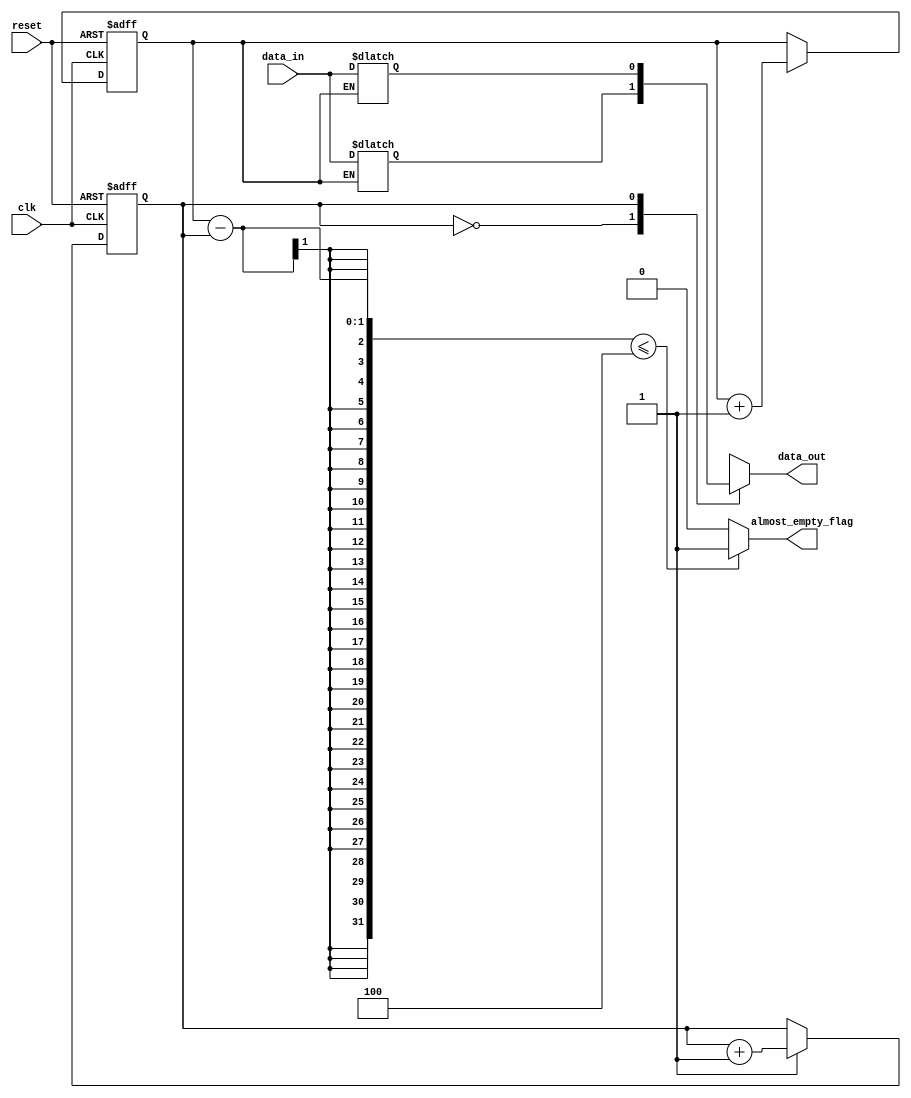
module almost_empty_fifo (
  input wire clk,
  input wire reset,
  input wire data_in,
  output wire data_out,
  output reg almost_empty_flag
  );

  // Parameters
  parameter THRESHOLD = 4; // Define threshold value for almost-empty condition

  // Internal signals
  reg [7:0] fifo_buffer [0:7]; // FIFO buffer with 8 storage locations
  reg wr_ptr, rd_ptr; // Write and read pointers for FIFO buffer
  
  // Timing control logic
  always @(posedge clk or posedge reset) begin
    if (reset)
      wr_ptr <= 0;
    else if (write_enable)
      wr_ptr <= wr_ptr + 1;
  end
  
  always @(posedge clk or posedge reset) begin
    if (reset)
      rd_ptr <= 0;
    else if (read_enable)  
      rd_ptr <= rd_ptr + 1;
  end
  
  // Synchronization blocks
  always @(*) begin
    // Synchronize data input
    fifo_buffer[wr_ptr] <= data_in;
  end
  
  always @(*) begin
    // Synchronize data output
    data_out <= fifo_buffer[rd_ptr];
  end
  
  // Almost-Empty flag logic
  always @(*) begin
    if ((wr_ptr - rd_ptr) <= THRESHOLD)
      almost_empty_flag <= 1;
    else
      almost_empty_flag <= 0;
  end

endmodule